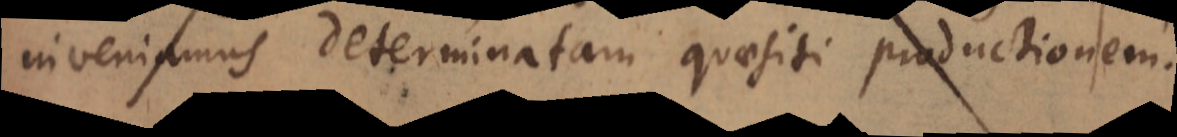
inveniamus determinatam quaesiti productionem.